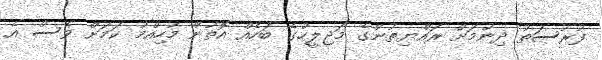
ފުރުސަތު ދިނުމަށް ރައްޔިތުންގެ މަޖިލީހުގެ ބަހެއް އޮތުން މުހިއްމު ކަމަށް ވެސް އެ